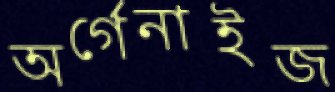
অর্গেনাইজ